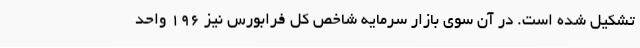
تشکیل شده است. در آن سوی بازار سرمایه شاخص کل فرابورس نیز 196 واحد